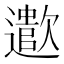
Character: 𬩠